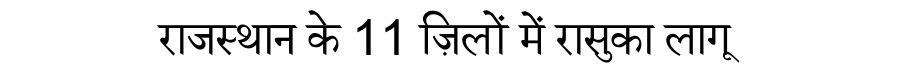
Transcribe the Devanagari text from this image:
राजस्थान के 11 ज़िलों में रासुका लागू